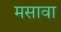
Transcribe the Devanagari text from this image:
मसावा